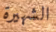
الشهيرة